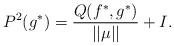
LaTeX: \begin{align*} P^2(g^*)=\frac{Q(f^*,g^*)}{||\mu||}+I.\end{align*}